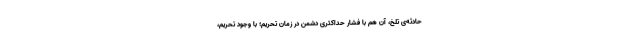
حادثه‌ی تلخ، آن هم با فشار حدّاکثری دشمن در زمان تحریم؛ با وجود تحریم،